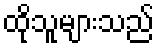
ထိုသူများသည်